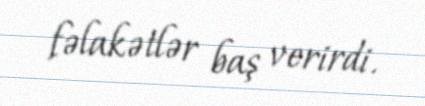
fəlakətlər baş verirdi.